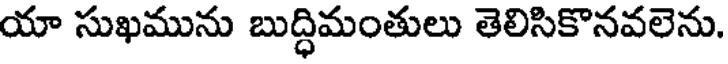
యా సుఖమును బుద్ధిమంతులు తెలిసికొనవలెను.